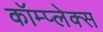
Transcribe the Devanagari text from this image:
कॉम्‍प्‍लेक्‍स